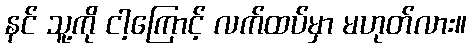
နင် သူ့ကို ငါ့ကြောင့် လက်ထပ်မှာ မဟုတ်လား။